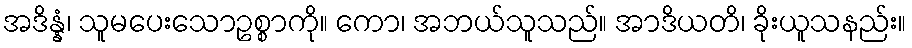
အဒိန္နံ၊ သူမပေးသောဥစ္စာကို။ ကော၊ အဘယ်သူသည်။ အာဒိယတိ၊ ခိုးယူသနည်း။